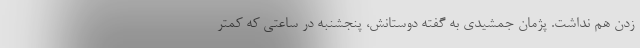
زدن هم نداشت. پژمان جمشیدی به گفته دوستانش، پنجشنبه در ساعتی که کمتر